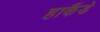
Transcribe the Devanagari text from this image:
हाकैंडे